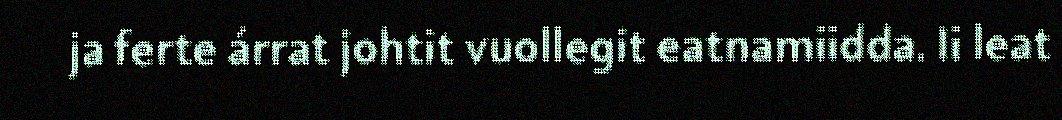
ja ferte árrat johtit vuollegit eatnamiidda. Ii leat